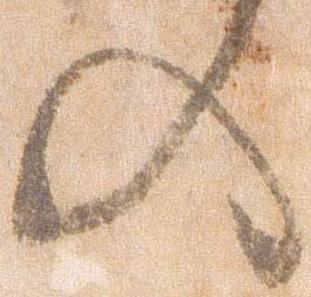
の